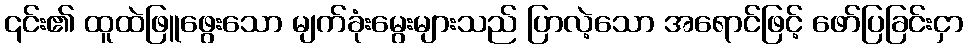
၎င်း၏ ထူထဲဖြူဖွေးသော မျက်ခုံးမွေးများသည် ပြာလဲ့သော အရောင်ဖြင့် ဖော်ပြခြင်းငှာ